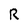
Character: R